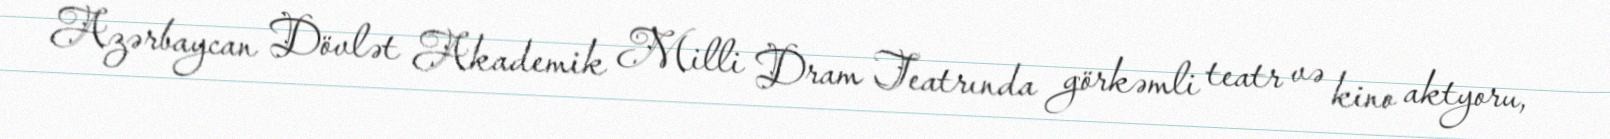
Azərbaycan Dövlət Akademik Milli Dram Teatrında görkəmli teatr və kino aktyoru,